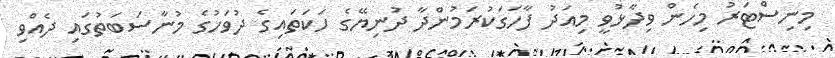
މިނިސްޓަރު މިހެން ވިދާޅުވީ މިއަދު ފާހަގަކުރަމުންދާ ދުނިޔޭގެ ހަކަތައިގެ ދުވަހުގެ މުނާސަބަތުގައި ދެއްވި